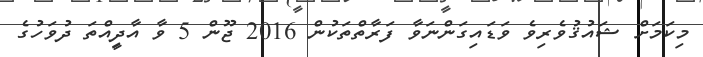
މިކަމަށް ޝައުޤުވެރިވެ ވަޑައިގަންނަވާ ފަރާތްތަކުން 2016 ޖޫން 5 ވާ އާދިީއްތަ ދުވަހުގެ